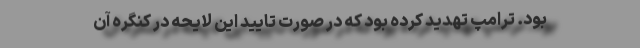
بود. ترامپ تهدید کرده بود که در صورت تأیید این لایحه در کنگره آن